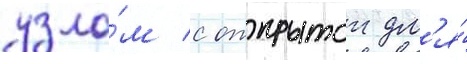
узло́м с открытои дл'я́